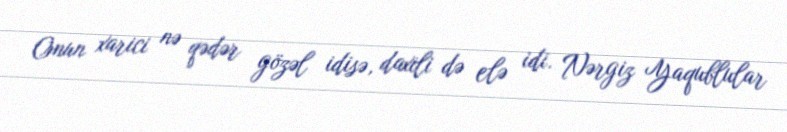
Onun xarici nə qədər gözəl idisə, daxili də elə idi. Nərgiz Yaqublular